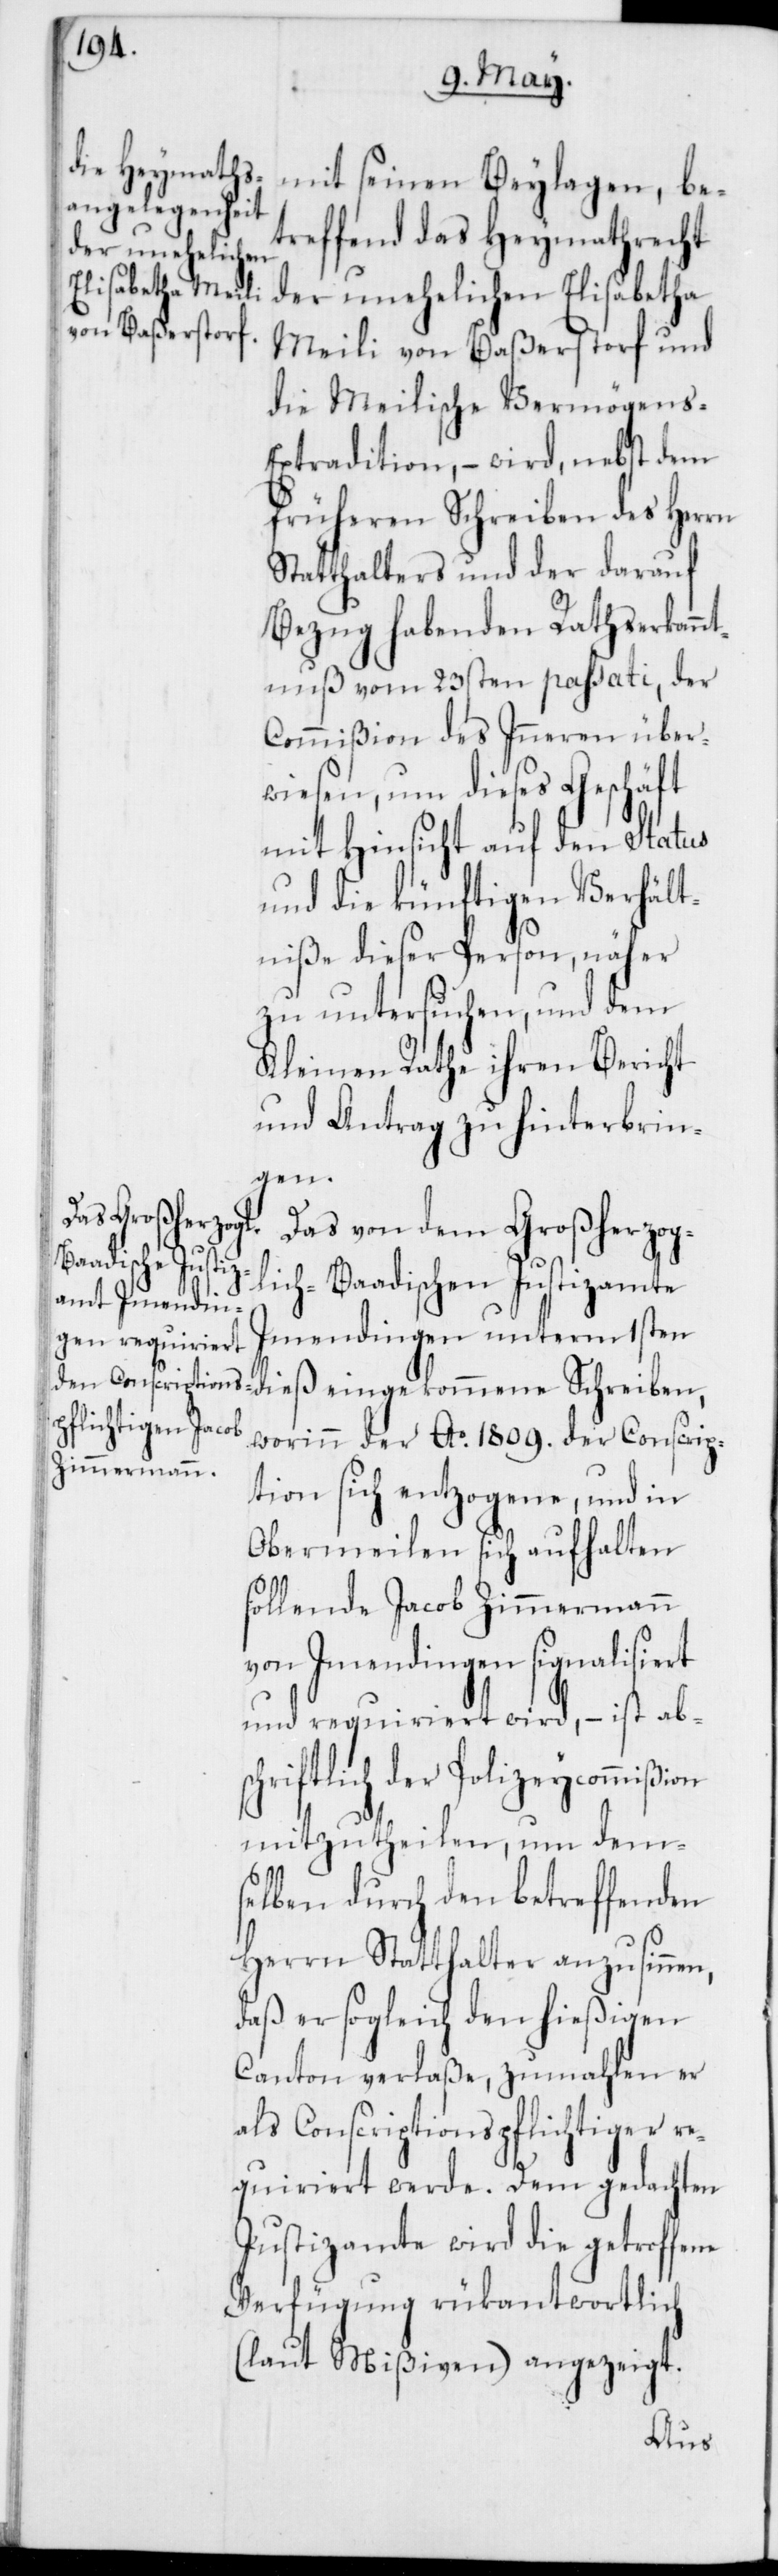
mit seinen Beylagen, be¬
treffend das Heymathrecht
der unehelichen Elisabetha
Meili von Baßersdorf und
die Meilische Vermögens-E¬
xtradition, – wird nebst dem
früheren Schreiben des Herrn
Statthalters und der darauf
Bezug habenden Rathserkann¬
tnuß vom 23sten passati, der
Commißion des Inneren über¬
wiesen, um dieses Geschäft
mit Hinsicht auf den Status
und die künftigen Verhält¬
niße dieser Person, näher
zu untersuchen, und dem
Kleinen Rathe ihren Bericht
und Antrag zu hinterbrin¬
gen.
Das von dem Großherzog¬
lich-Baadischen Justizamte
Imendingen unterm 1sten
worin der Ao 1809. der Conscrip¬
tion sich entzogene, und in
Obermeilen sich aufhalten
sollende Jacob Zimmermann
von Imendingen signalisiert
und requiriert wird, – ist abs¬
chriftlich der Polizeycommißion
mitzutheilen, um dem¬
selben durch den betreffenden
Herrn Statthalter anzusinnen,
daß er sogleich den hießigen
Canton verlaße, zumahlen er
als Conscriptionspflichtiger re¬
quiriert werde. Dem gedachten
Justizamte wird die getroffene
Verfügung rückantwortlich
(laut Mißiven) angezeigt.